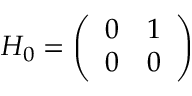
H _ { 0 } = \left( \begin{array} { l l } { 0 } & { 1 } \\ { 0 } & { 0 } \end{array} \right)